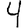
Digit: 4